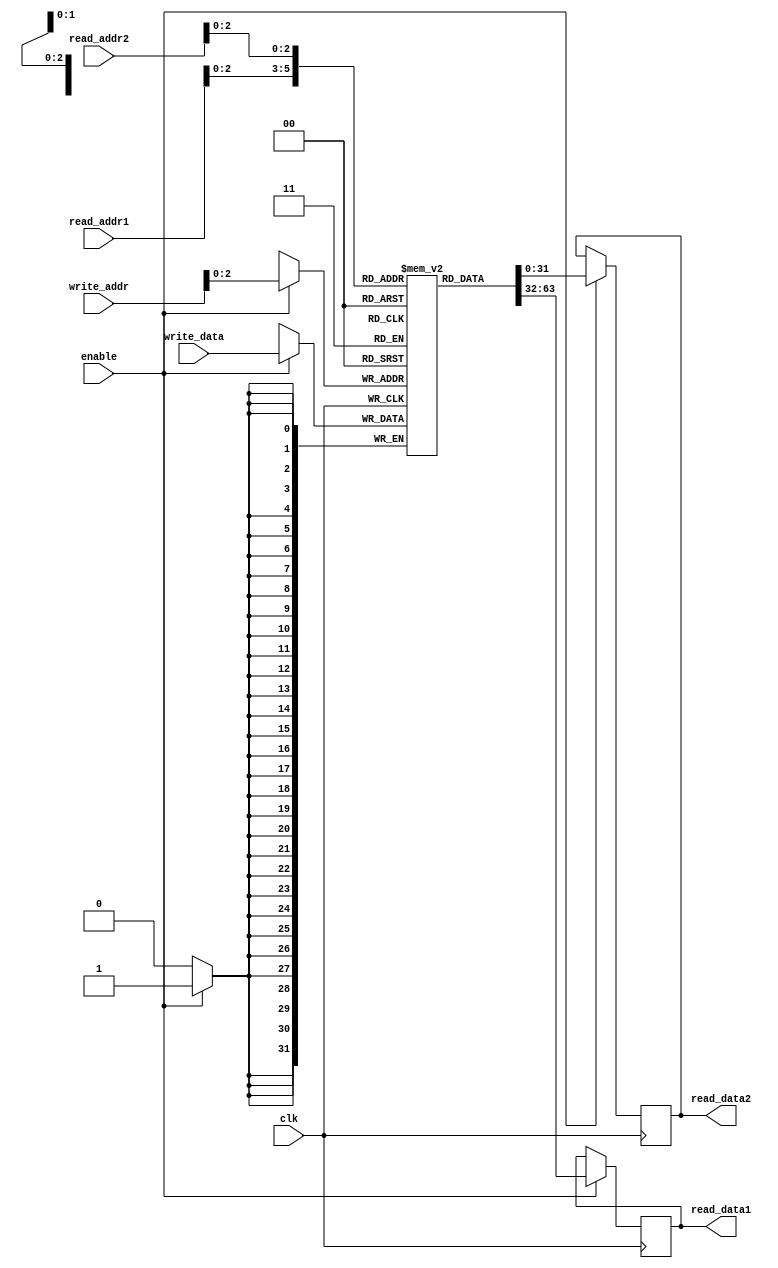
module multiport_register_file
(
  input wire clk,
  input wire enable,
  input wire [3:0] read_addr1, read_addr2, write_addr,
  input wire [31:0] write_data,
  output reg [31:0] read_data1, read_data2
);

reg [31:0] mem_block[7:0];

always @(posedge clk) begin
  if(enable) begin
    read_data1 <= mem_block[read_addr1];
    read_data2 <= mem_block[read_addr2];
    mem_block[write_addr] <= write_data;
  end
end

endmodule